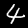
Digit: 4